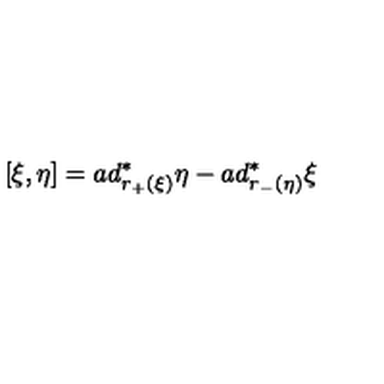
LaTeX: [ \xi , \eta ] = a d _ { r _ { + } ( \xi ) } ^ { \ast } \eta - a d _ { r _ { - } ( \eta ) } ^ { \ast } \xi